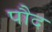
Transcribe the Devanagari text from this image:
पौद